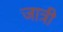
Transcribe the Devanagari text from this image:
जात्री